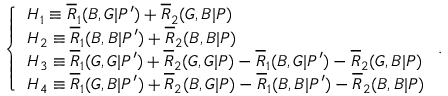
\left\{ \begin{array} { l l } { H _ { 1 } \equiv \overline { { R } } _ { 1 } ( B , G | P ^ { \prime } ) + \overline { { R } } _ { 2 } ( G , B | P ) } \\ { H _ { 2 } \equiv \overline { { R } } _ { 1 } ( B , B | P ^ { \prime } ) + \overline { { R } } _ { 2 } ( B , B | P ) } \\ { H _ { 3 } \equiv \overline { { R } } _ { 1 } ( G , G | P ^ { \prime } ) + \overline { { R } } _ { 2 } ( G , G | P ) - \overline { { R } } _ { 1 } ( B , G | P ^ { \prime } ) - \overline { { R } } _ { 2 } ( G , B | P ) } \\ { H _ { 4 } \equiv \overline { { R } } _ { 1 } ( G , B | P ^ { \prime } ) + \overline { { R } } _ { 2 } ( B , G | P ) - \overline { { R } } _ { 1 } ( B , B | P ^ { \prime } ) - \overline { { R } } _ { 2 } ( B , B | P ) } \end{array} \right. .